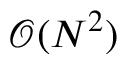
\mathcal { O } ( N ^ { 2 } )